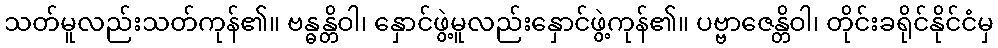
သတ်မူလည်းသတ်ကုန်၏။ ဗန္ဓန္တိဝါ၊ နှောင်ဖွဲ့မူလည်းနှောင်ဖွဲ့ကုန်၏။ ပဗ္ဗာဇေန္တိဝါ၊ တိုင်းခရိုင်နိုင်ငံမှ